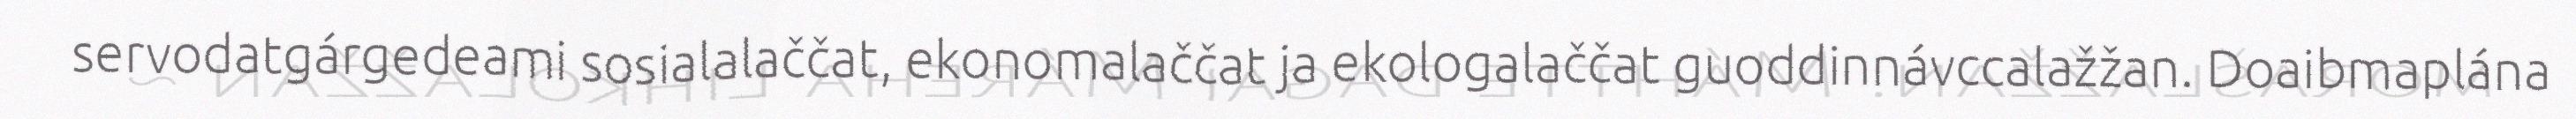
servodatgárgedeami sosialalaččat, ekonomalaččat ja ekologalaččat guoddinnávccalažžan. Doaibmaplána